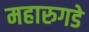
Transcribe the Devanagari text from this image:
महारुगडे